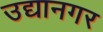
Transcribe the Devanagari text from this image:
उद्यानगर